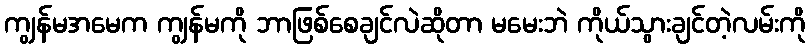
ကျွန်မအမေက ကျွန်မကို ဘာဖြစ်စေချင်လဲဆိုတာ မမေးဘဲ ကိုယ်သွားချင်တဲ့လမ်းကို